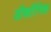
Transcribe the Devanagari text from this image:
डीकॉंनिक